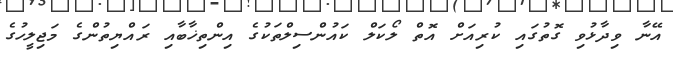
އޭނާ ވިދާޅުވި ގޮތުގައި ކުރިއަށް އޮތް ލޯކަލް ކައުންސިލްތަކުގެ އިންތިޚާބާއި ރައްޔިތުންގެ މަޖިލީހުގެ